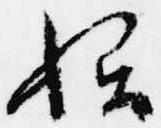
始